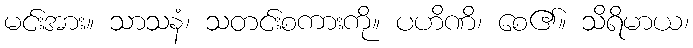
မင်းအား။ သာသနံ၊ သတင်းစကားကို။ ပဟိဏိ၊ စေ၏။ သိရိမာယ၊